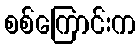
စစ်ကြောင်းက